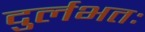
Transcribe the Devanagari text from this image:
दुर्लभतः